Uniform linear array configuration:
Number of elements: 16
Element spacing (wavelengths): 0.25
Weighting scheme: cosine
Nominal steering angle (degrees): -15
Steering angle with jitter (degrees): -13.169
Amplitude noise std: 0.05
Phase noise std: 0.05

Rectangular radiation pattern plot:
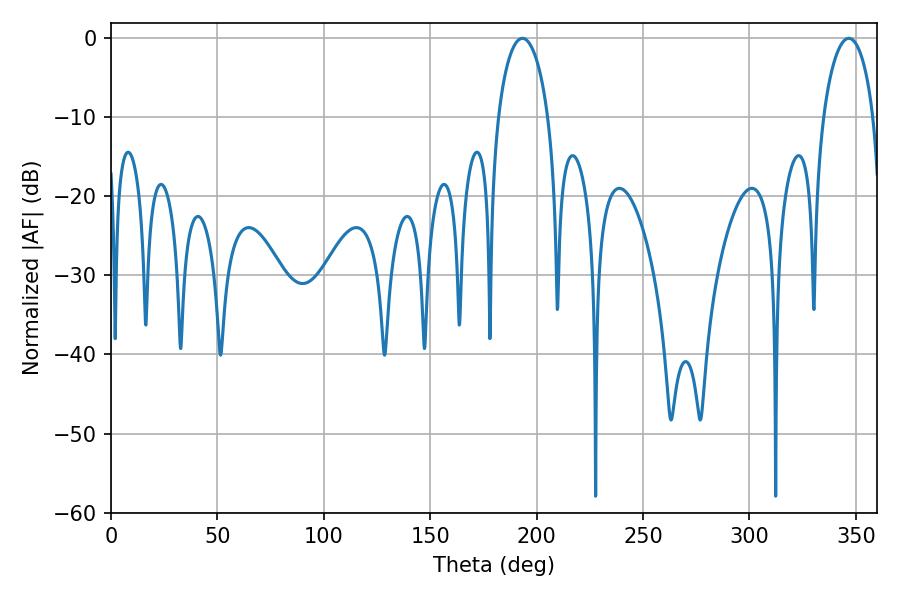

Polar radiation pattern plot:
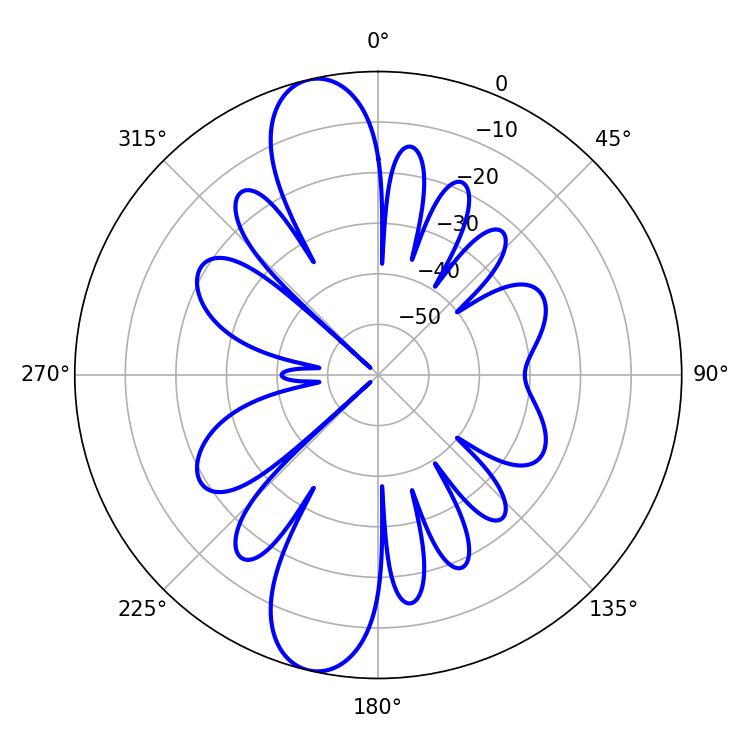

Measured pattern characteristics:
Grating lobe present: FALSE
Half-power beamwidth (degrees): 13.5
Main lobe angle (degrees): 193.32